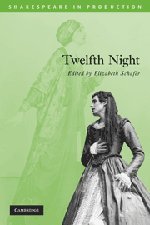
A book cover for Twelfth Night (Shakespeare in Production); William Shakespeare; Humor & Entertainment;